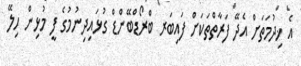
އެ ޚިދުމަތަށް އެދޭ ފަރާތްތަކަށް ފައިބަރ ބްރޯޑްބޭންޑް ގުޅައިދިނުމުގެ ފީ މުޅިން ހިލޭ